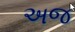
અજ